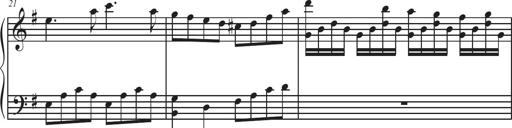
Title: Sonatina Espania
Composer: Jerald Franklin Archer
Key: Various